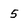
Character: 5